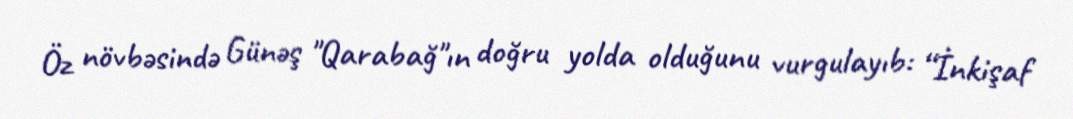
Öz növbəsində Günəş "Qarabağ"ın doğru yolda olduğunu vurgulayıb: “İnkişaf